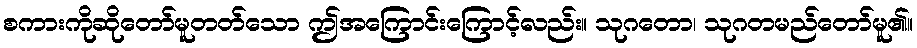
စကားကိုဆိုတော်မူတတ်သော ဤအကြောင်းကြောင့်လည်း။ သုဂတော၊ သုဂတမည်တော်မူ၏။